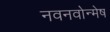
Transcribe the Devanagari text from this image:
नवनवोन्मेष